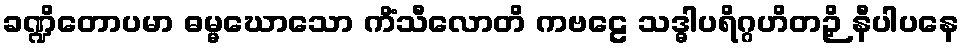
ခဏ္ဍိတောပမာ ဓမ္မဃောသော ကိံသီလောတိ ကဗဠေ သဒ္ဓါပရိဂ္ဂဟိတဉှိ နီပါပနေ